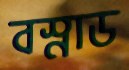
বস্নাড